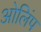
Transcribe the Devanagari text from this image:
ओलिंप